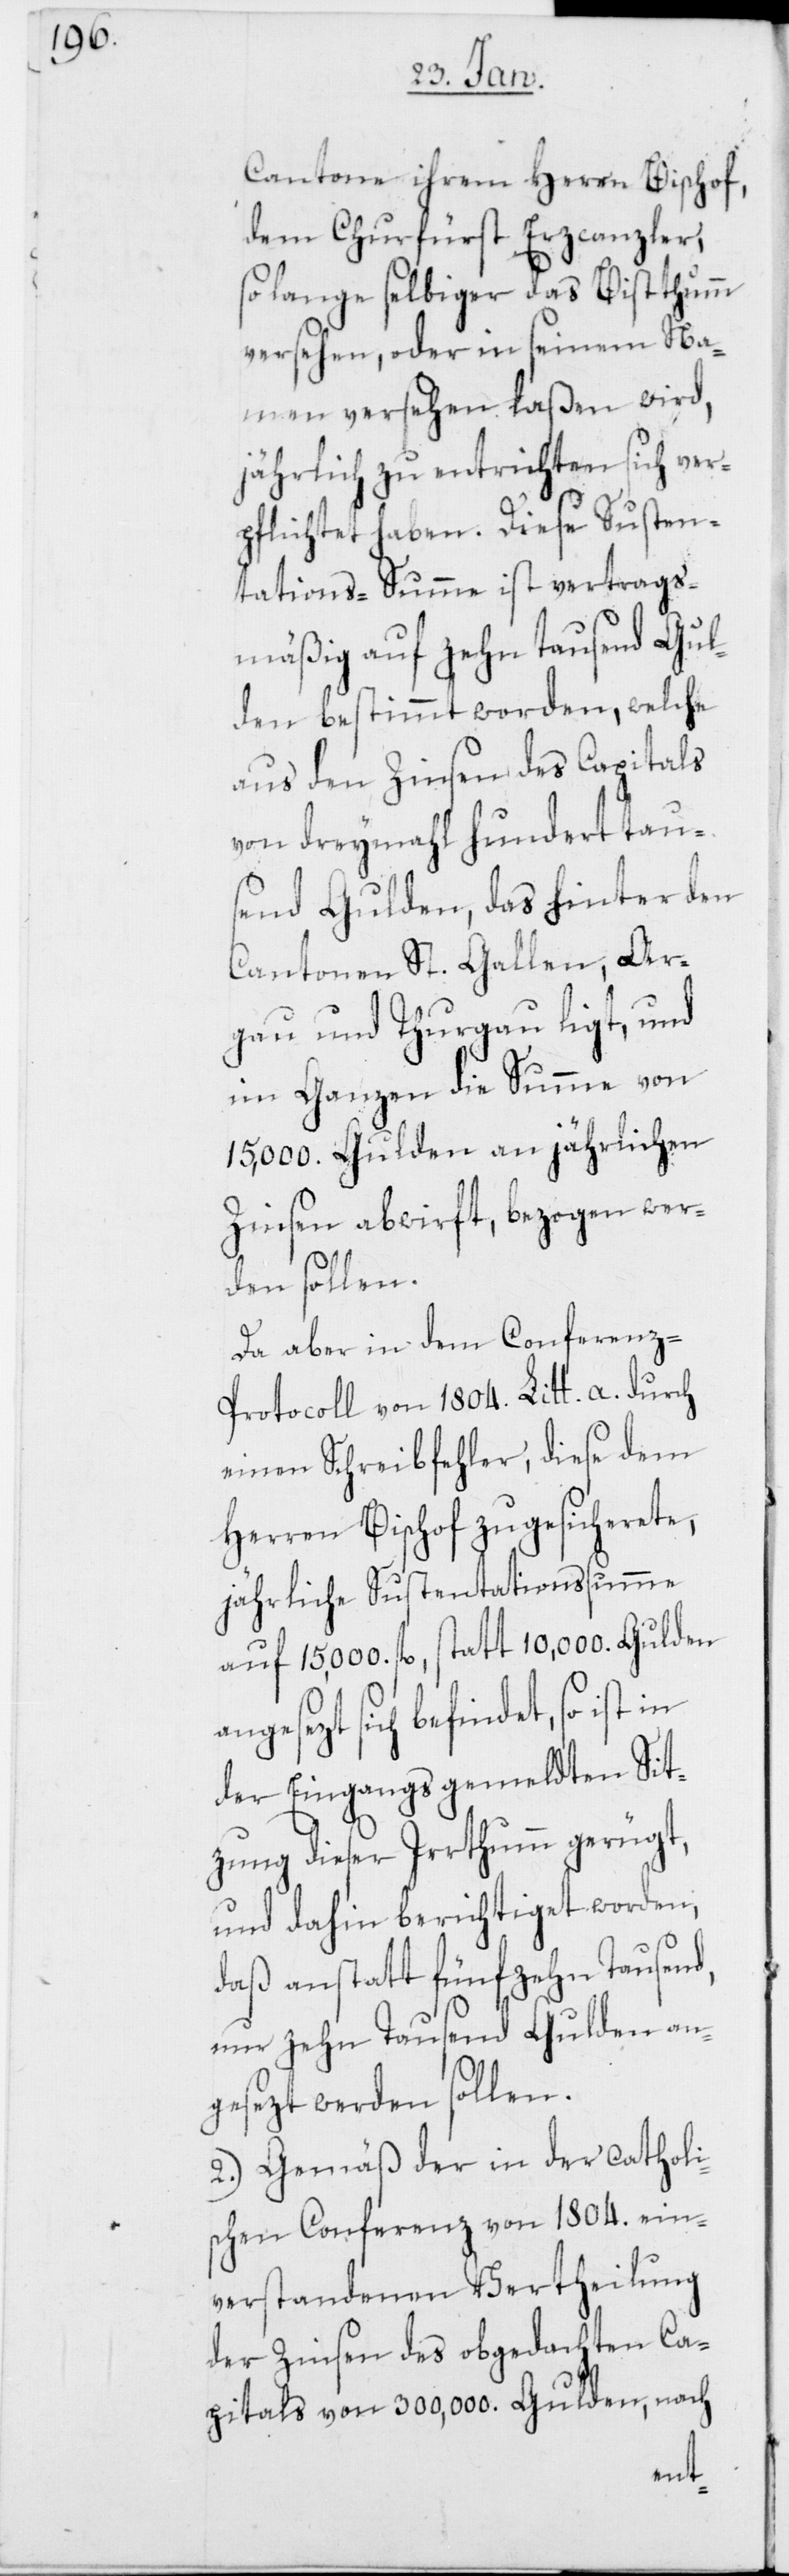
Cantone ihrem Herren Bischof,
dem Churfürst Erzcanzler,
so lange selbiger das Bisthumm
versehen, oder in seinem Na¬
men versehen laßen wird,
jährlich zu entrichten sich ver¬
pflichtet haben. Diese Susten¬
tations-Summe ist vertrags¬
mäßig auf zehn tausend Gul¬
den bestimmt worden, welche
aus den Zinsen des Capitals
von dreymahl hundert tau¬
send Gulden, das hinter den
Cantonen St. Gallen, Ar¬
gau und Thurgau ligt, und
im Ganzen die Summe von
15,000. Gulden an jährlichen
Zinsen abwirft, bezogen wer¬
den sollen.
Da aber in dem Conferenz-P¬
rotocoll von 1804. Litt. a. durch
einen Schreibfehler, diese dem
Herren Bischof zugesicherete,
jährliche Sustentationssumme
auf 15,000. fl, statt 10,000 Gulden
angesezt sich befindet, so ist in
der Eingangs gemeldten Sit¬
zung dieser Irrthumm gerügt,
und dahin berichtiget worden,
daß anstatt fünfzehn Tausend,
nur zehn Tausend Gulden an¬
gesezt werden sollen.
Gemäß der in der catholi¬
schen Conferenz von 1804. ein¬
verstandenen Vertheilung
der Zinsen des obgedachten Ca¬
pitals von 300,000. Gulden, nach